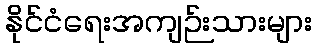
နိုင်ငံရေးအကျဉ်းသားများ